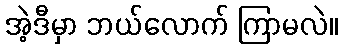
အဲ့ဒီမှာ ဘယ်လောက် ကြာမလဲ။